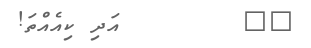
٣٧        އަދި ކިއެއްތަ!